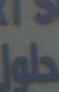
حاول